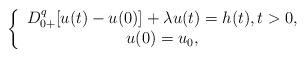
LaTeX: \begin{align*}\left\{ \begin{array}{c}D_{0+}^{q}[u(t)-u(0)]+\lambda u(t)=h(t),t>0, \\ u(0)=u_{0},\end{array}\right. \end{align*}